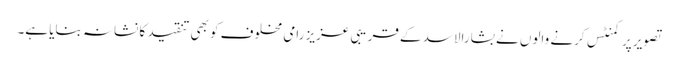
تصویر پر کمنٹس کرنے والوں نے بشارالاسد کے قریبی عزیز رامی مخلوف کو بھی تنقید کا نشانہ بنایا ہے۔